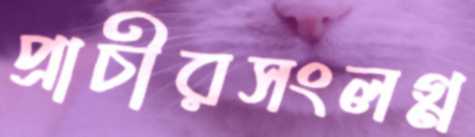
প্রাচীরসংলগ্ন